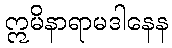
ဣမိနာရာမဒါနေန